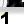
Digit: 1